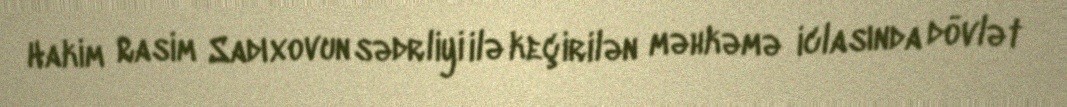
Hakim Rasim Sadıxovun sədrliyi ilə keçirilən məhkəmə iclasında dövlət